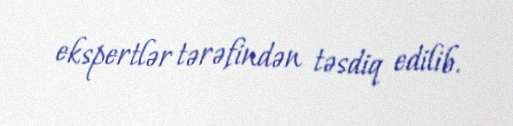
ekspertlər tərəfindən təsdiq edilib.